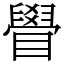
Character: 䁷